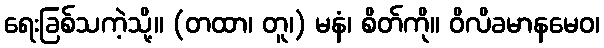
ရေးခြစ်သကဲ့သို့။ (တထာ၊ တူ၊) မနံ၊ စိတ်ကို။ ဝိလိခမာနမေဝ၊